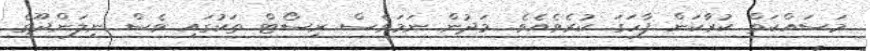
މަސައްކަތް ކުރާކަން ފާހަގަ ކުރެވެއެވެ. މަދުން ނަމަވެސް ރިސޯޓް ތަކުގައި ވެސް ނިލަންދޫގެ